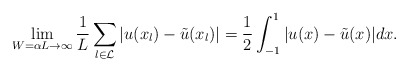
\begin{align*} \lim_{W=\alpha L\to\infty}\frac{1}{L}\sum_{l\in\mathcal{L}}|u(x_{l}) - \tilde{u}(x_{l})| = \frac{1}{2}\int_{-1}^{1}|u(x)-\tilde{u}(x)|dx. \end{align*}